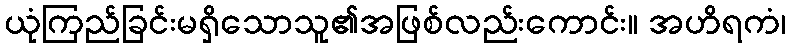
ယုံကြည်ခြင်းမရှိသောသူ၏အဖြစ်လည်းကောင်း။ အဟိရကံ၊